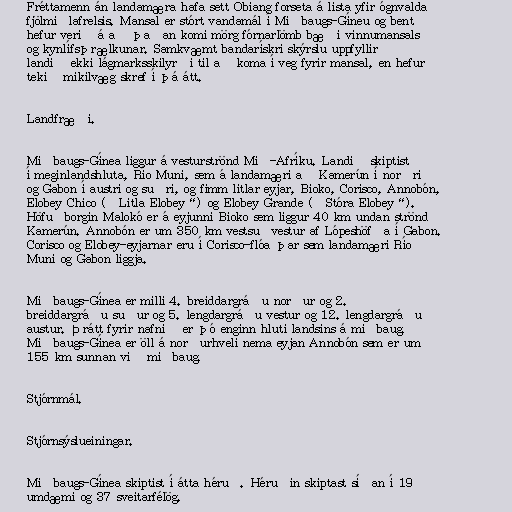
Fréttamenn án landamæra hafa sett Obiang forseta á lista yfir ógnvalda
fjölmiðlafrelsis. Mansal er stórt vandamál í Miðbaugs-Gíneu og bent
hefur verið á að þaðan komi mörg fórnarlömb bæði vinnumansals
og kynlífsþrælkunar. Samkvæmt bandarískri skýrslu uppfyllir
landið ekki lágmarksskilyrði til að koma í veg fyrir mansal, en hefur
tekið mikilvæg skref í þá átt.

Landfræði.

Miðbaugs-Gínea liggur á vesturströnd Mið-Afríku. Landið skiptist
í meginlandshluta, Río Muni, sem á landamæri að Kamerún í norðri
og Gabon í austri og suðri, og fimm litlar eyjar, Bioko, Corisco, Annobón,
Elobey Chico („Litla Elobey“) og Elobey Grande („Stóra Elobey“).
Höfuðborgin Malokó er á eyjunni Bioko sem liggur 40 km undan strönd
Kamerún. Annobón er um 350 km vestsuðvestur af Lópeshöfða í Gabon.
Corisco og Elobey-eyjarnar eru í Corisco-flóa þar sem landamæri Río
Muni og Gabon liggja.

Miðbaugs-Gínea er milli 4. breiddargráðu norður og 2.
breiddargráðu suður og 5. lengdargráðu vestur og 12. lengdargráðu
austur. Þrátt fyrir nafnið er þó enginn hluti landsins á miðbaug.
Miðbaugs-Gínea er öll á norðurhveli nema eyjan Annobón sem er um
155 km sunnan við miðbaug.

Stjórnmál.

Stjórnsýslueiningar.

Miðbaugs-Gínea skiptist í átta héruð. Héruðin skiptast síðan í 19
umdæmi og 37 sveitarfélög.